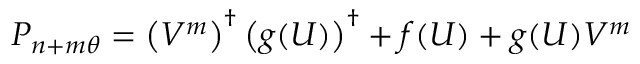
P _ { n + m \theta } = \left( V ^ { m } \right) ^ { \dagger } \left( { g } ( U ) \right) ^ { \dagger } + f ( U ) + g ( U ) V ^ { m }